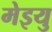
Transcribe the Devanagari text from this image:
मेइयु